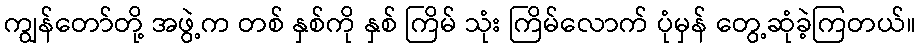
ကျွန်တော်တို့ အဖွဲ့က တစ် နှစ်ကို နှစ် ကြိမ် သုံး ကြိမ်လောက် ပုံမှန် တွေ့ဆုံခဲ့ကြတယ်။